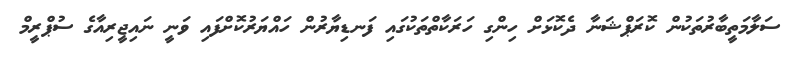
ސަލާމަތީބާރުތަކުން ކޮރަޕްޝަނާ ދެކޮޅަށް ހިންގި ހަރަކާތްތަކުގައި ފަނޑިޔާރުން ހައްޔަރުކޮށްފައި ވަނީ ނައިޖީރިއާގެ ސުޕްރީމް